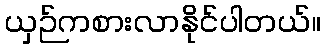
ယှဉ်ကစားလာနိုင်ပါတယ်။